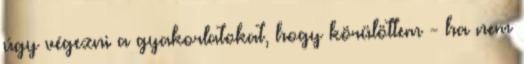
úgy végezni a gyakorlatokat, hogy körülöttem - ha nem